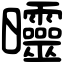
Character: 𣌟